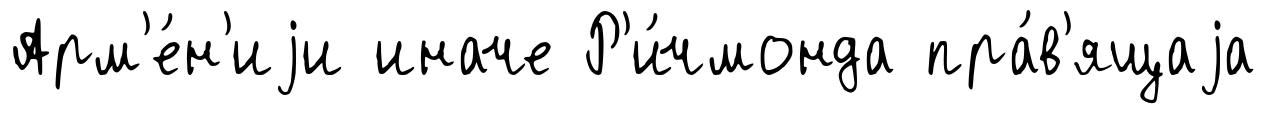
Арм'е́н'иjи иначе Р'и́чмонда пра́в'ящаjа